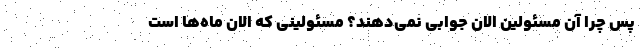
پس چرا آن مسئولین الان جوابی نمی‌دهند؟ مسئولینی که الان ماه‌ها است